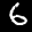
Label: 6